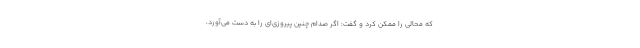
که محالی را ممکن کرد و گفت: اگر صدام چنین پیروزی‌ای را به دست می‌آورد،